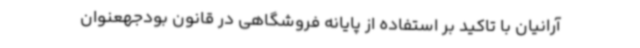
آرانیان با تاکید بر استفاده از پایانه فروشگاهی در قانون بودجهعنوان